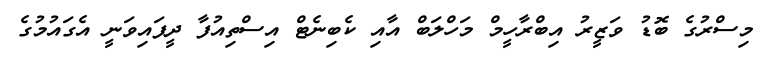
މިސްރުގެ ބޮޑު ވަޒީރު އިބްރާހީމް މަހްލަބް އާއި ކެބިނެޓް އިސްތިއުފާ ދީފައިވަނީ އެގައުމުގެ